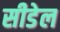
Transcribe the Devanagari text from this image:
सीडेल